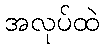
အလုပ်ထဲ